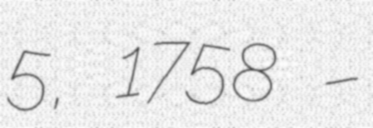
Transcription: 5, 1758 –